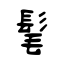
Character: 髦